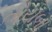
તોયબા